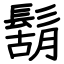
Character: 鬍